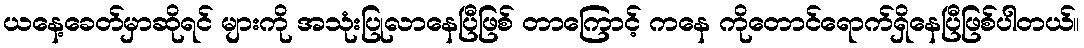
ယနေ့ခေတ်မှာဆိုရင် များကို အသုံးပြုလာနေပြီဖြစ် တာကြောင့် ကနေ ကိုတောင်ရောက်ရှိနေပြီဖြစ်ပါတယ်။